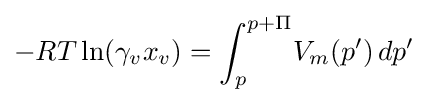
-RT\ln(\gamma _{v}x_{v})=\int _{p}^{p+\Pi }\!V_{m}(p')\,dp'